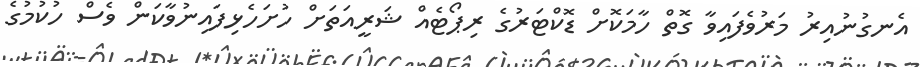
އެނގުނުއިރު މަރުވެފައިވާ ގޮތް ހާމަކޮށް ޑޮކްޓަރުގެ ރިޕޯޓެއް ޝަރީއަތަށް ހުށަހެޅިފައިނުވާކަން ވެސް ހުކުމުގެ